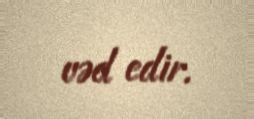
vəd edir.